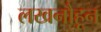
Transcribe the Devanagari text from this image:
लखनौहून